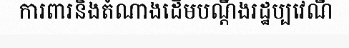
ការពារនិងតំណាងដើមបណ្តឹងរដ្ឋប្បវេណី